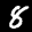
Label: 8